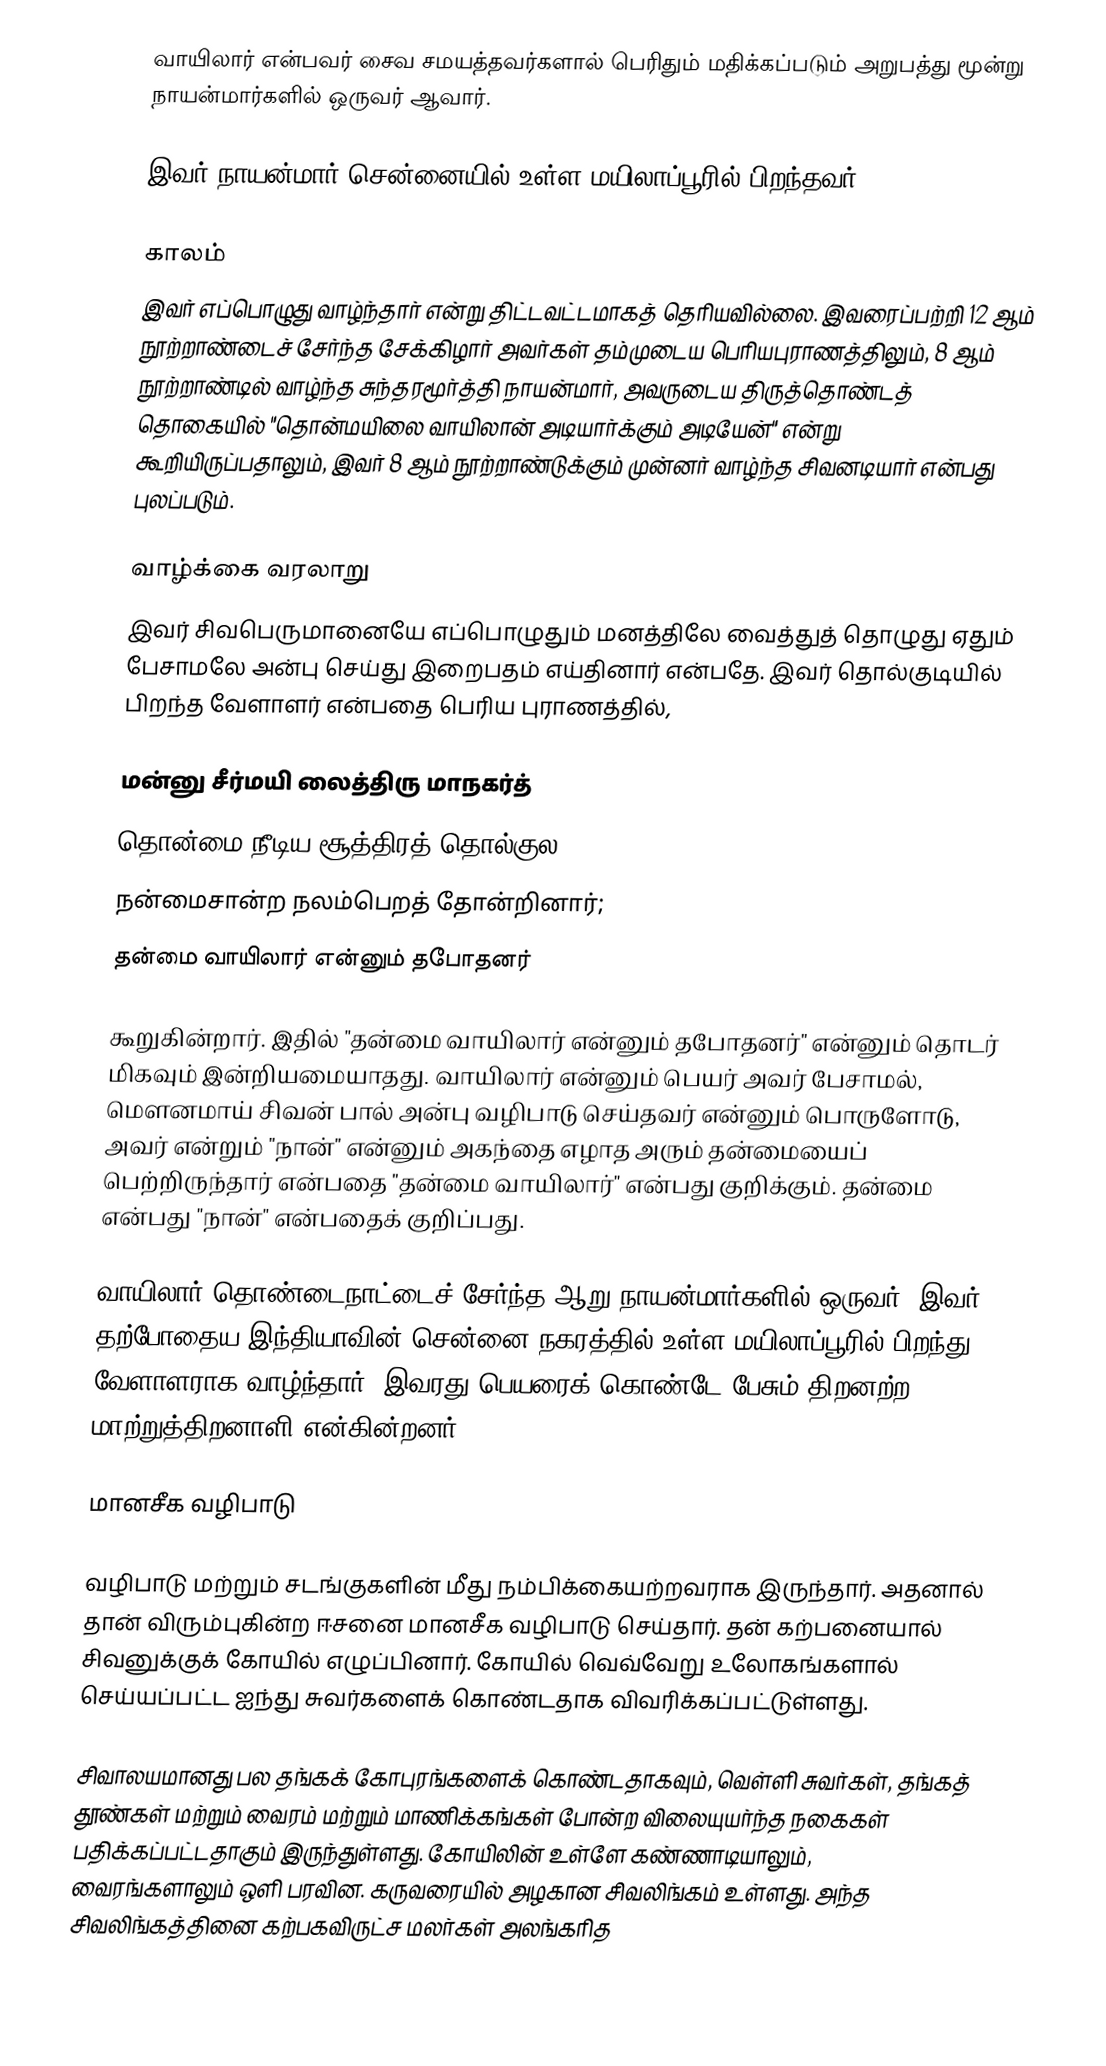
வாயிலார் என்பவர் சைவ சமயத்தவர்களால் பெரிதும் மதிக்கப்படும் அறுபத்து மூன்று நாயன்மார்களில் ஒருவர் ஆவார்.

இவர் நாயன்மார் சென்னையில் உள்ள மயிலாப்பூரில் பிறந்தவர்.

காலம்
இவர் எப்பொழுது வாழ்ந்தார் என்று திட்டவட்டமாகத் தெரியவில்லை. இவரைப்பற்றி 12 ஆம் நூற்றாண்டைச் சேர்ந்த சேக்கிழார் அவர்கள் தம்முடைய பெரியபுராணத்திலும், 8 ஆம் நூற்றாண்டில் வாழ்ந்த சுந்தரமூர்த்தி நாயன்மார், அவருடைய திருத்தொண்டத் தொகையில் "தொன்மயிலை வாயிலான் அடியார்க்கும் அடியேன்" என்று கூறியிருப்பதாலும், இவர் 8 ஆம் நூற்றாண்டுக்கும் முன்னர் வாழ்ந்த சிவனடியார் என்பது புலப்படும்.

வாழ்க்கை வரலாறு
இவர் சிவபெருமானையே எப்பொழுதும் மனத்திலே வைத்துத் தொழுது ஏதும் பேசாமலே அன்பு செய்து இறைபதம் எய்தினார் என்பதே. இவர் தொல்குடியில் பிறந்த வேளாளர் என்பதை பெரிய புராணத்தில்,

மன்னு சீர்மயி லைத்திரு மாநகர்த்
தொன்மை நீடிய சூத்திரத் தொல்குல
நன்மைசான்ற நலம்பெறத் தோன்றினார்;
தன்மை வாயிலார் என்னும் தபோதனர்

கூறுகின்றார். இதில் "தன்மை வாயிலார் என்னும் தபோதனர்" என்னும் தொடர் மிகவும் இன்றியமையாதது. வாயிலார் என்னும் பெயர் அவர் பேசாமல், மௌனமாய் சிவன் பால் அன்பு வழிபாடு செய்தவர் என்னும் பொருளோடு, அவர் என்றும் "நான்" என்னும் அகந்தை எழாத அரும் தன்மையைப் பெற்றிருந்தார் என்பதை "தன்மை வாயிலார்" என்பது குறிக்கும். தன்மை என்பது "நான்" என்பதைக் குறிப்பது.

வாயிலார் தொண்டைநாட்டைச் சேர்ந்த ஆறு நாயன்மார்களில் ஒருவர். இவர் தற்போதைய இந்தியாவின் சென்னை நகரத்தில் உள்ள மயிலாப்பூரில் பிறந்து வேளாளராக வாழ்ந்தார். இவரது பெயரைக் கொண்டே பேசும் திறனற்ற மாற்றுத்திறனாளி என்கின்றனர்.

மானசீக வழிபாடு

வழிபாடு மற்றும் சடங்குகளின் மீது நம்பிக்கையற்றவராக இருந்தார். அதனால் தான் விரும்புகின்ற ஈசனை மானசீக வழிபாடு செய்தார். தன் கற்பனையால் சிவனுக்குக் கோயில் எழுப்பினார். கோயில் வெவ்வேறு உலோகங்களால் செய்யப்பட்ட ஐந்து சுவர்களைக் கொண்டதாக விவரிக்கப்பட்டுள்ளது.

சிவாலயமானது பல தங்கக் கோபுரங்களைக் கொண்டதாகவும், வெள்ளி சுவர்கள், தங்கத் தூண்கள் மற்றும் வைரம் மற்றும் மாணிக்கங்கள் போன்ற விலையுயர்ந்த நகைகள் பதிக்கப்பட்டதாகும் இருந்துள்ளது. கோயிலின் உள்ளே கண்ணாடியாலும், வைரங்களாலும் ஒளி பரவின. கருவரையில் அழகான சிவலிங்கம் உள்ளது. அந்த சிவலிங்கத்தினை கற்பகவிருட்ச மலர்கள் அலங்கரித